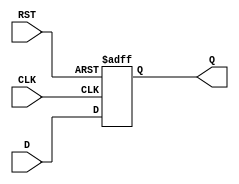
module store_register #(
    parameter n = 8 // Default size of the register (can be overridden)
)(
    input  wire [n-1:0] D,    // Data input
    input  wire CLK,           // Clock signal
    input  wire RST,           // Asynchronous reset
    output reg  [n-1:0] Q      // Data output
);

    // Asynchronous reset and clock edge detection
    always @ (posedge CLK or posedge RST) begin
        if (RST) begin
            Q <= {n{1'b0}}; // Set Q to 0 (or predefined value)
        end else begin
            Q <= D; // Store input data D on clock edge
        end
    end

endmodule